Annual report of lunatic asylums [Bombay] - 1912-1922
Year: 1912
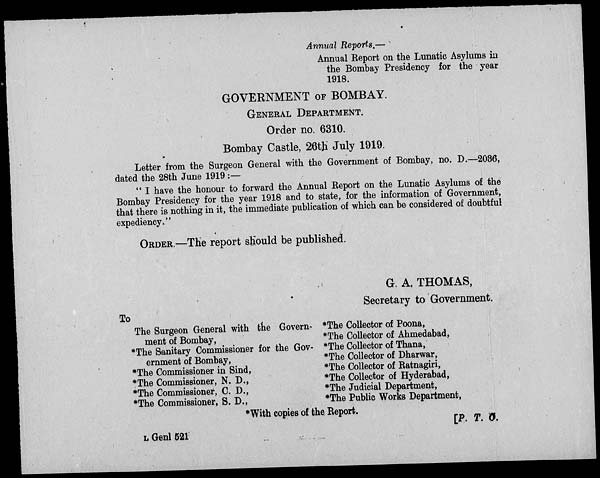
Annual Reports.—
Annual Report on the Lunatic Asylums in
the Bombay Presidency for the year
1918.
GOVERNMENT OF BOMBAY.
GENERAL DEPARTMENT.
Order no. 6310.
Bombay Castle, 26th July 1919.
Letter from the Surgeon General with the Government of Bombay, no. D.—2036,
dated the 28th June 1919 :—
" I have the honour to forward the Annual Report on the Lunatic Asylums of the
Bombay Presidency for the year 1918 and to state, for the information of Government,
that there is nothing in it, the immediate publication of which can be considered of doubtful
expediency."
ORDER.—The report should be published.
G. A. THOMAS,
Secretary to Government.
To
The Surgeon General with the Govern-
ment of Bombay,
*The Sanitary Commissioner for the Gov-
ernment of Bombay,
*The Commissioner in Sind,
*The Commissioner, N. D.,
*The Commissioner, C. D.,
*The Commissioner, S. D.,
*The Collector of Poona,
*The Collector of Ahmedabad,
*The Collector of Thana,
*The Collector of Dharwar,
*The Collector of Ratnagiri,
*The Collector of Hyderabad,
*The Judicial Department,
*The Public Works Department,
*With copies of the Report.
[P. T. O.
L Genl 521